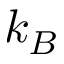
k _ { B }